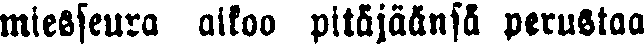
miesseura aikoo pitäjäänsä perustaa